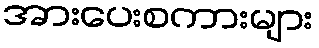
အားပေးစကားများ